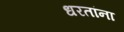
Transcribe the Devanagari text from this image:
धरतांना